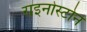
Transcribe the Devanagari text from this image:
राइनोस्टोन